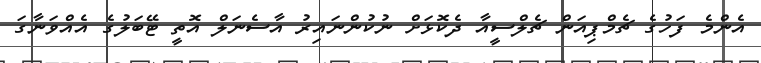
އެންމެ ފަހުގެ ޗެމްޕިއަން ޗެލްސީއާ ދެކޮޅަށް ނުކުންނައިރު އާސެނަލް އޮތީ ޓޭބަލުގެ އެއްވަނާގަ